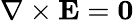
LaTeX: \nabla\times\mathbf{E}=\mathbf{0}